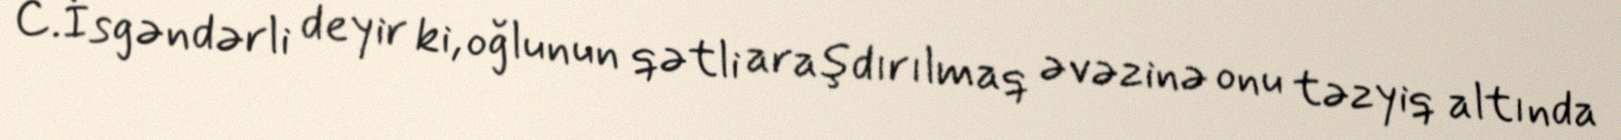
C.İsgəndərli deyir ki, oğlunun qətli araşdırılmaq əvəzinə onu təzyiq altında